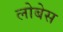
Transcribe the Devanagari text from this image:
लोबेस